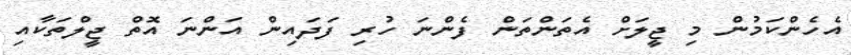
އެހެންކަމުން މި ޖީލަށް އެތަންތަން ފެންނަ ހުރި ފަދައިން އަންނަ އޮތް ޖީލްތަކާއި